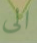
الى